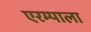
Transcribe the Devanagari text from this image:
एरम्पाला